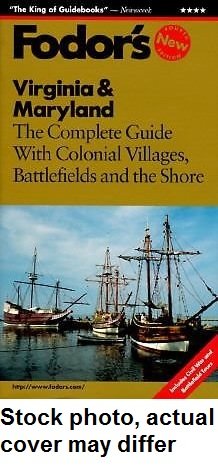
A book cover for Virginia & Maryland: The Complete Guide with Baltimore, Williamsburg and the Chesapeake (Fodor's Travel Guides); Fodor's; Travel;